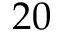
2 0